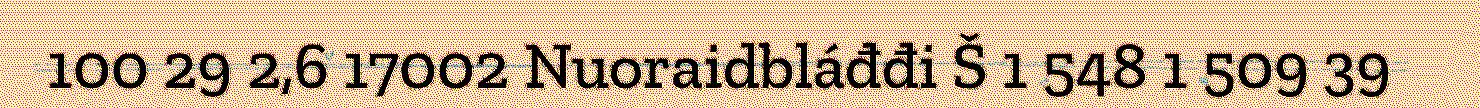
100 29 2,6 17002 Nuoraidbláđđi Š 1 548 1 509 39